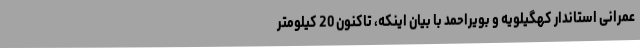
عمرانی استاندار کهگیلویه و بویراحمد با بیان اینکه، تاکنون 20 کیلومتر